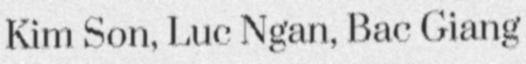
Kim Son, Luc Ngan, Bac Giang